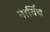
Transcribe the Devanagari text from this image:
नार्विच